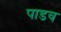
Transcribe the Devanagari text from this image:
पाडव